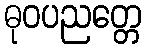
ဓုဝပညတ္တေ